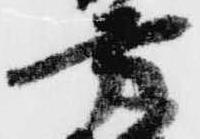
方